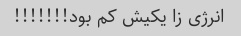
انرژی زا یکیش کم بود!!!!!!!